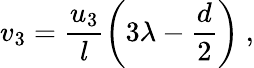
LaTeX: v_{3}=\frac{u_{3}}l\left(3\lambda-\frac{d}2\right)~,